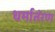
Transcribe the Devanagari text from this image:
धर्मातंरण